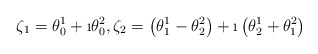
\begin{align*}\zeta_1=\theta^1_0+\i \theta^2_0, \zeta_2=\left(\theta^1_1-\theta^2_2\right)+\i\left(\theta^1_2+\theta^2_1\right)\end{align*}